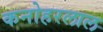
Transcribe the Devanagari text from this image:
कनोहरलाल